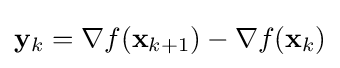
\mathbf {y} _{k}=\nabla f(\mathbf {x} _{k+1})-\nabla f(\mathbf {x} _{k})